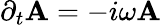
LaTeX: \partial_{t}{\mathbf A}=-i\omega{\mathbf A}